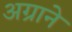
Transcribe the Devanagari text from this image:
अग्राने